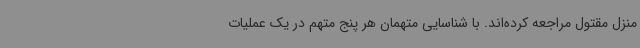
منزل مقتول مراجعه کرده‌اند. با شناسایی متهمان هر پنج متهم در یک عملیات